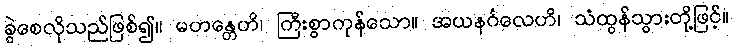
ခွဲစေလိုသည်ဖြစ်၍။ မဟန္တေဟိ၊ ကြီးစွာကုန်သော။ အယနင်္ဂလေဟိ၊ သံထွန်သွားတို့ဖြင့်။